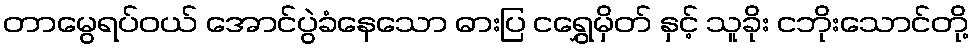
တာမွေရပ်ဝယ် အောင်ပွဲခံနေသော ဓားပြ ငရွှေမှိတ် နှင့် သူခိုး ငဘိုးသောင်တို့